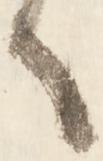
へ